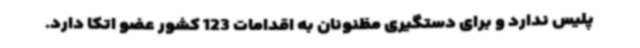
پلیس ندارد و برای دستگیری مظنونان به اقدامات 123 کشور عضو اتکا دارد.